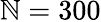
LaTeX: \mathbb{N}=300